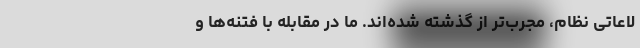
لاعاتی نظام، مجرب‌تر از گذشته شده‌اند. ما در مقابله با فتنه‌ها و